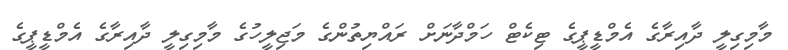
މާމިގިލީ ދާއިރާގެ އެމްޑީޕީގެ ޓިކެޓް ހަމްދާނަށް ރައްޔިތުންގެ މަޖިލީހުގެ މާމިގިލީ ދާއިރާގެ އެމްޑީޕީގެ